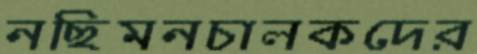
নছিমনচালকদের